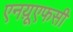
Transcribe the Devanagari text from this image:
एनय़ूएफसी